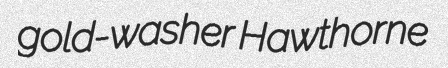
gold-washer Hawthorne